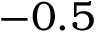
- 0 . 5